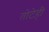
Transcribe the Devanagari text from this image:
तोटेही